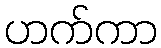
ဟက်ကာ